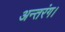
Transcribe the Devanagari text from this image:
अन्तरंग।